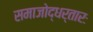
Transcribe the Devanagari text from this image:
समाजोद्धर्तारः